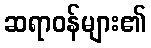
ဆရာဝန်များ၏